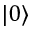
| 0 \rangle